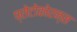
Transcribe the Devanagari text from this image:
प्रोटोकोरन्स